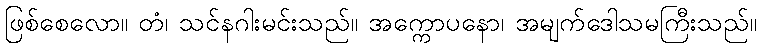
ဖြစ်စေလော။ တံ၊ သင်နဂါးမင်းသည်။ အက္ကောပနော၊ အမျက်ဒေါသမကြီးသည်။